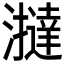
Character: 𤃧